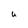
Character: u